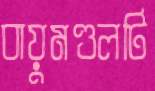
বায়ুমণ্ডলটি